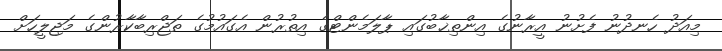
މިއަދު ހެނދުނު ފެށުނު އީރާނުގެ އިންތިޚާބުގައި ޕާލަމެންޓްގެ އިތުރުން އެގައުމުގެ ތަޖްރިބާކާރުންގެ މަޖިލީހަށް